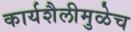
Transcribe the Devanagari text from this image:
कार्यशैलीमुळेच